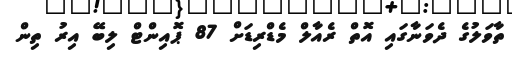
ތާވަލުގެ ދެވަނާގައި އޮތް ރެއާލް މެޑްރިޑަށް 87 ޕޮއިންޓް ލިބޭ އިރު ތިން